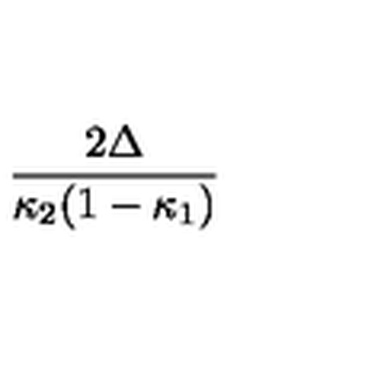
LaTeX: \frac { 2 \Delta } { \kappa _ { 2 } ( 1 - \kappa _ { 1 } ) }